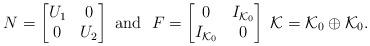
LaTeX: \begin{align*} N=\begin{bmatrix} U_1 & 0\\ 0 & U_2\\ \end{bmatrix} \ \mbox{and} \ \ F=\begin{bmatrix} 0 & I_{\mathcal{K}_0}\\ I_{\mathcal{K}_0} & 0\\ \end{bmatrix} \; \mathcal{K}=\mathcal{K}_0 \oplus \mathcal{K}_0.\end{align*}